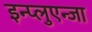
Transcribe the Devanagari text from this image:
इन्प्लुएन्जा